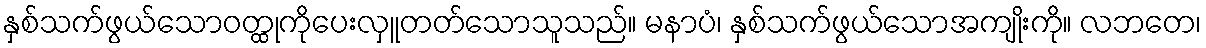
နှစ်သက်ဖွယ်သောဝတ္ထုကိုပေးလှူတတ်သောသူသည်။ မနာပံ၊ နှစ်သက်ဖွယ်သောအကျိုးကို။ လဘတေ၊